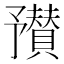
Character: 𬼼